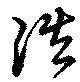
浩